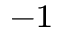
^ { - 1 }